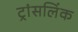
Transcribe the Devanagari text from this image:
ट्रांसलिंक